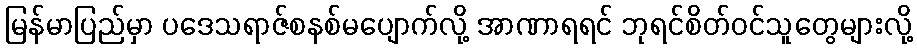
မြန်မာပြည်မှာ ပဒေသရာဇ်စနစ်မပျောက်လို့ အာဏာရရင် ဘုရင်စိတ်ဝင်သူတွေများလို့